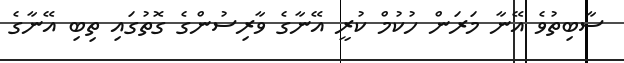
ސާބިތުވެ އޭނާ މަރަން ހުކުމް ކުރީ އޭނާގެ ވާރިސުންގެ ގޮތުގައި ތިބި އޭނާގެ